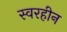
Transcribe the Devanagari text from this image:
स्वरहीन